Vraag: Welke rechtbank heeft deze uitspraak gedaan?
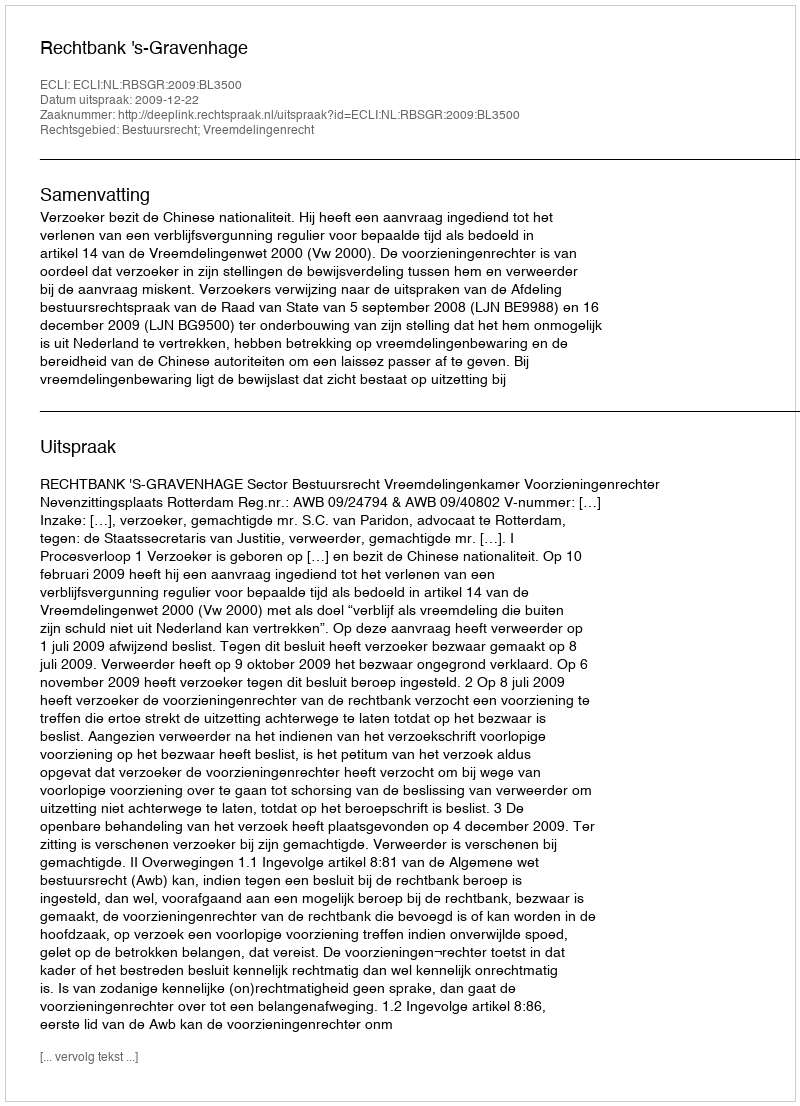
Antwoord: Rechtbank 's-Gravenhage